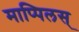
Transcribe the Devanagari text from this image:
माप्पिलस्